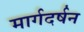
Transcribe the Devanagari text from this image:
मार्गदर्षन